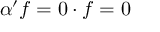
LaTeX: \alpha ^ { \prime } f = 0 \cdot f = 0